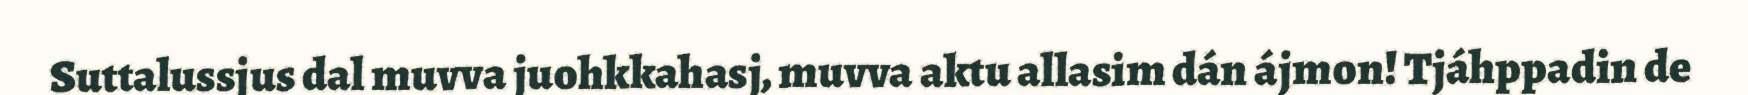
Suttalussjus dal muvva juohkkahasj, muvva aktu allasim dán ájmon! Tjáhppadin de